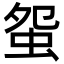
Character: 䖤